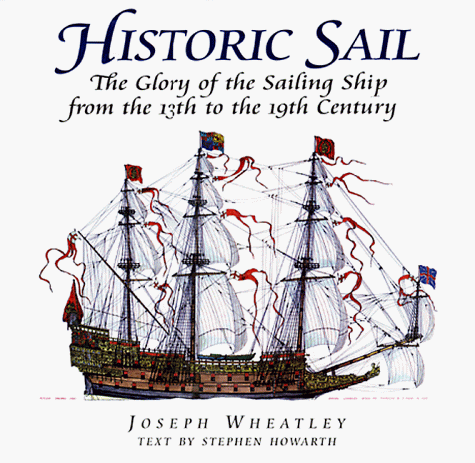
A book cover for Historic Sail: The Glory of the Sailing Ship from the 13th to the 19th Century; Stephen Howarth; Arts & Photography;